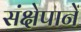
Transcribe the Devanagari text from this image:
संक्षेपानें